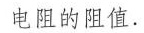
电阻的阻值。